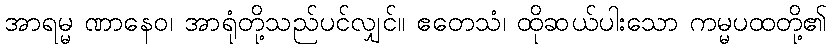
အာရမ္မ ဏာနေဝ၊ အာရုံတို့သည်ပင်လျှင်။ ဧတေသံ၊ ထိုဆယ်ပါးသော ကမ္မပထတို့၏